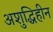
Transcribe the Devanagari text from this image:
अशुद्धिहीन